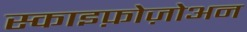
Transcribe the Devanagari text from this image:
स्काइफ़ोज़ोअन